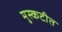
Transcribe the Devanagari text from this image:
मुस्कटीत